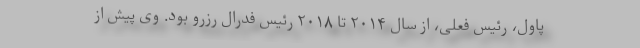
پاول، رئیس فعلی، از سال ۲۰۱۴ تا ۲۰۱۸ رئیس فدرال رزرو بود. وی پیش از